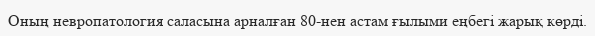
Оның невропатология саласына арналған 80-нен астам ғылыми еңбегі жарық көрді.